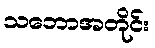
သဘောအတိုင်း